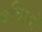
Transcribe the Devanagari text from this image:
बच्छियों